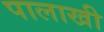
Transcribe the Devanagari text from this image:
पालाखी